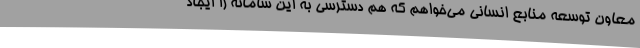
معاون توسعه منابع انسانی می‌خواهم که هم دسترسی به این سامانه را ایجاد